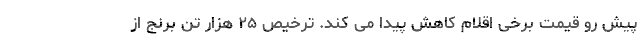
پیش رو قیمت برخی اقلام کاهش پیدا می کند. ترخیص ۲۵ هزار تن برنج از